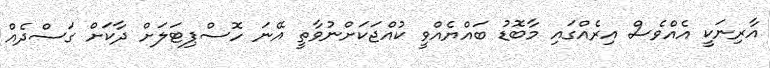
އާރިނަކީ އެއްވެސް އިރެއްގައި މާބޮޑު ބައްޔެއްވީ ކުއްޖަކަށްނުވާތީ އޭނަ ހޮސްޕިޓަލަށް ދާކަށް ގަސްދެއް